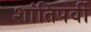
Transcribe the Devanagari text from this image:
शांतिपर्वी